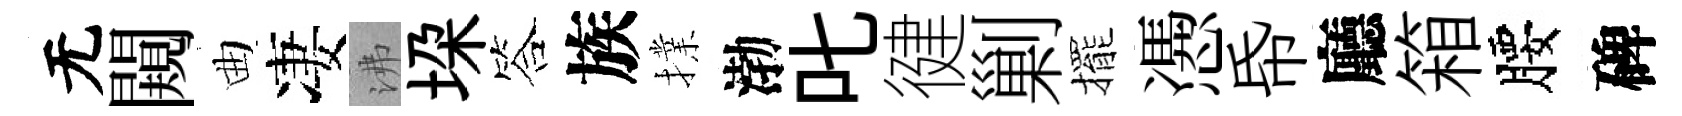
无闚曲凄沸垜答族擈渤叱徤剿擺慿帋廳箱腰碑